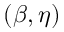
( \beta , \eta )